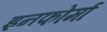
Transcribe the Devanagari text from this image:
इनफोर्मा